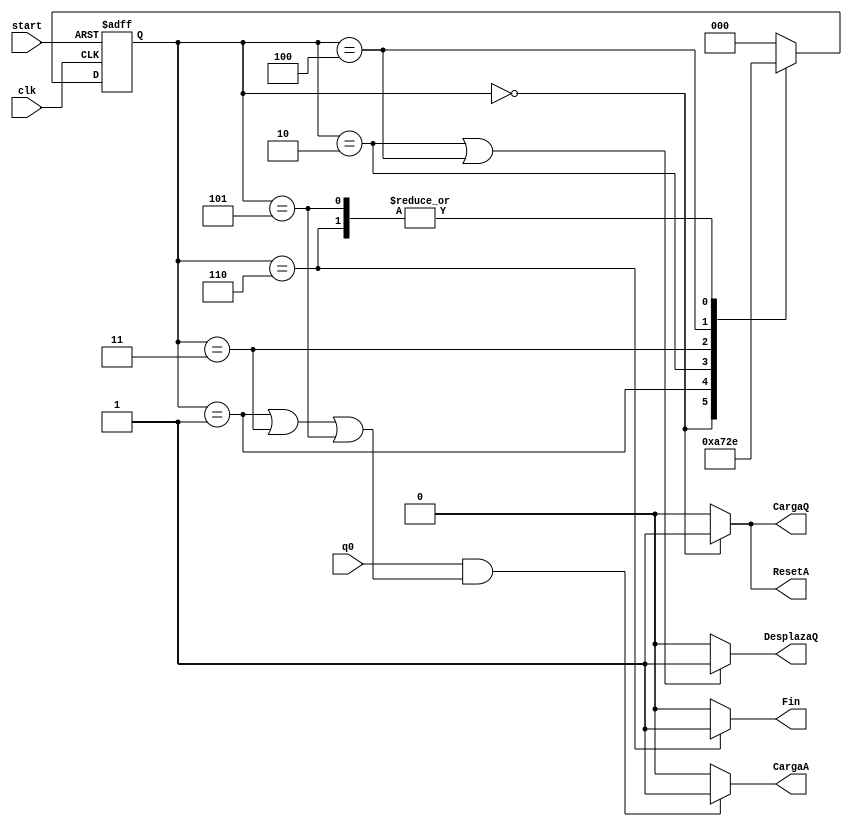
module uc(input wire q0, start, clk, output wire CargaQ, DesplazaQ, ResetA, CargaA,Fin);
reg [2:0] state, nextstate;
 


parameter S0 = 3'b000; 
parameter S1 = 3'b001;
parameter S2 = 3'b010;
parameter S3 = 3'b011;
parameter S4 = 3'b100;
parameter S5 = 3'b101;
parameter S6 = 3'b110;
// Registro de estado, cambia en cada flanco ciclo de reloj por el nuevo estado o
// se inicia en caso de flanco de subida de start al estado inicial
always @ (posedge clk, posedge start)
 if (start)
 state <= S0;
 else
 state <= nextstate;
//Funcin de Transicin
always @(*) // (*) significa cualquier cambio en alguna variable del bloque
 case (state)
 S0: nextstate = S1;
 S1: nextstate = S2;
 S2: nextstate = S3;
 S3: nextstate = S4;
 S4: nextstate = S5;
 S5: nextstate = S6;
 S6: nextstate = S6;
 default: nextstate = S0;
 endcase
// Funcin de Salida
assign CargaQ = (state == S0)? 1:0; //a 1 si el estado es S0
assign DesplazaQ = ((state == S2)|(state == S4))? 1:0;
assign ResetA = (state == S0)? 1:0;
assign CargaA = (q0 & ((state == S1)|(state == S3)|(state == S5)))? 1:0;
assign Fin = (state == S6)? 1:0;
endmodule